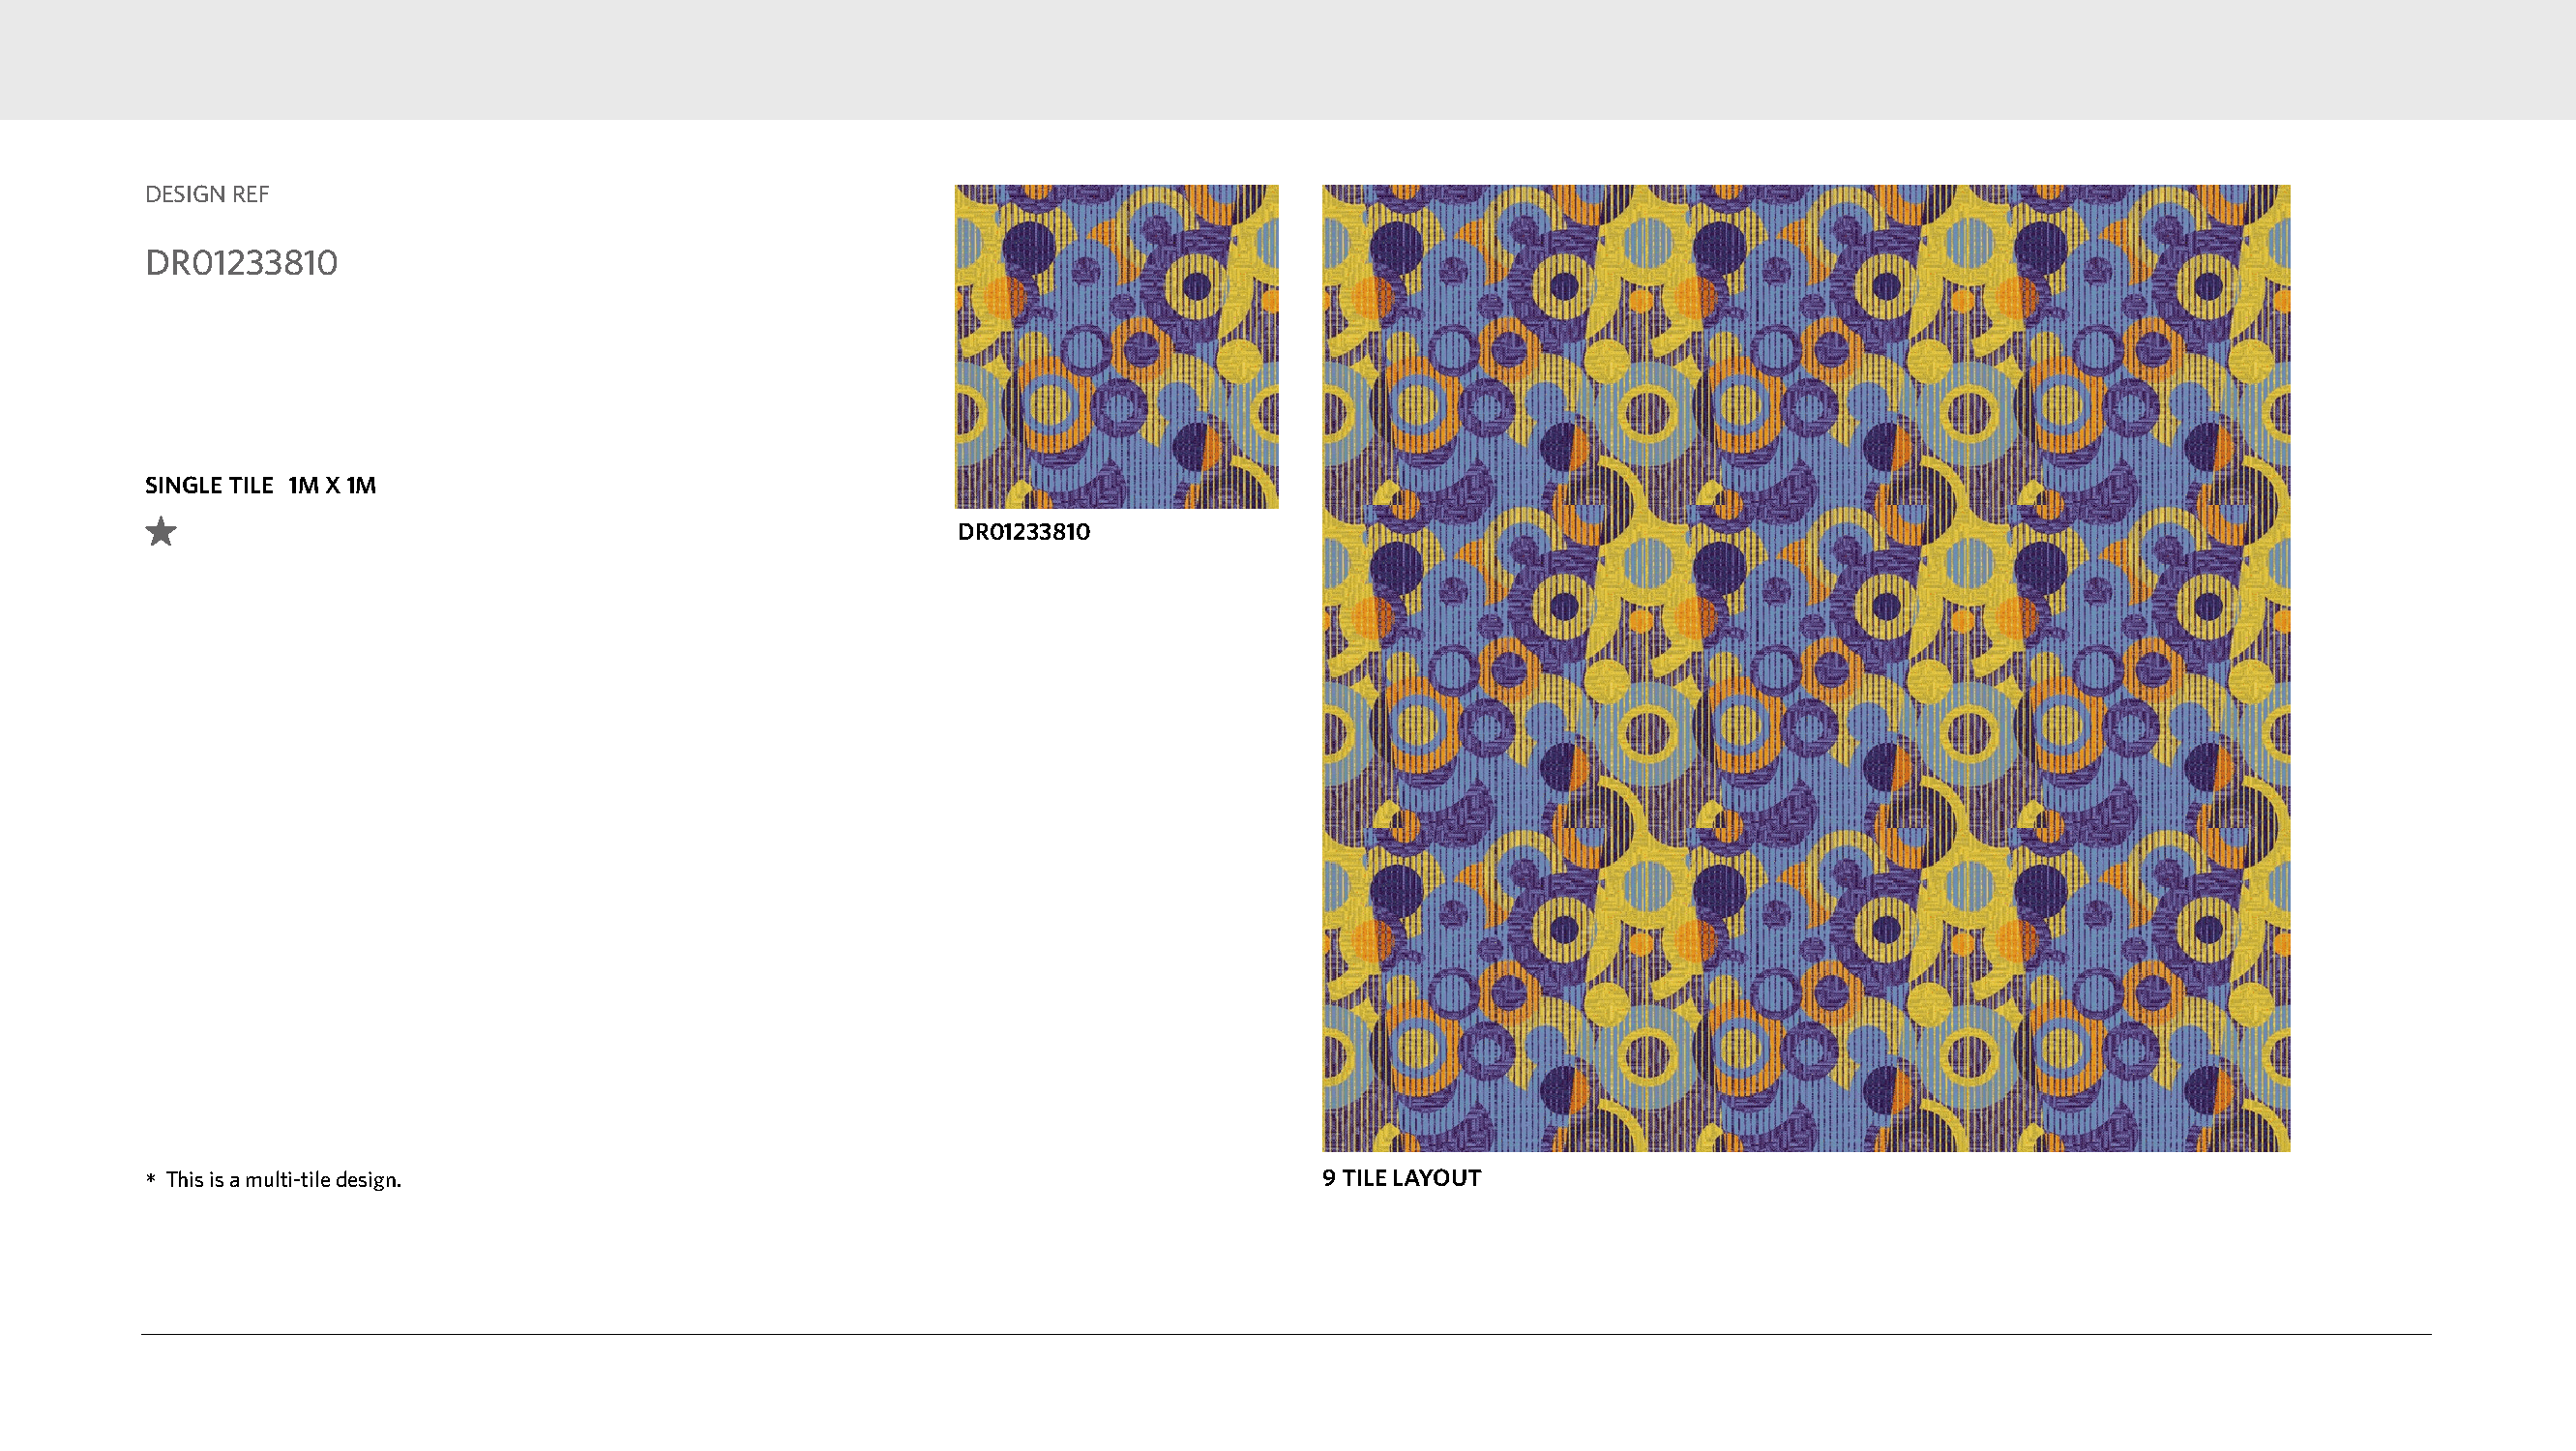
DESIGN REF
 DR01233810
 SINGLE TILE 1M X 1M
 DR01233810
 *This is a multi-tile design.                                                    9 TILE LAYOUT